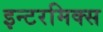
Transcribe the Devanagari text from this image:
इन्टरमिक्स